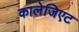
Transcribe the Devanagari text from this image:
कालेजिएट